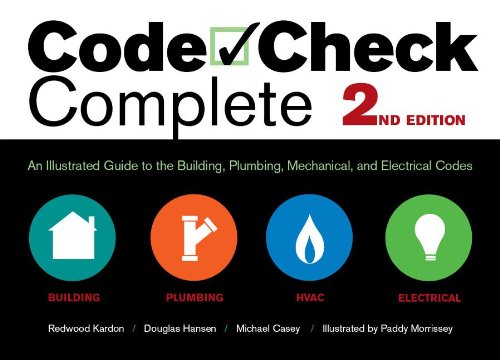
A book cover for Code Check Complete 2nd Edition: An Illustrated Guide to the Building, Plumbing, Mechanical, and Electrical Codes (Code Check Complete: An Illustrated Guide to Building,); Redwood Kardon; Engineering & Transportation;